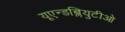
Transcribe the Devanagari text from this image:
यूएन्डब्लियुटीओ